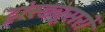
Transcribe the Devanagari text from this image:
ट्रांस्ड्यूसरों